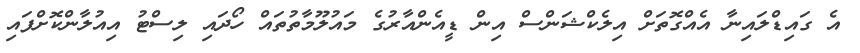
އެ ގައިޑްލައިނާ އެއްގޮތަށް އިލެކްޝަންސް އިން ޑީއެންއާރުގެ މައުލޫމާތުތައް ހޯދައި ލިސްޓު އިއުލާންކޮށްފައި